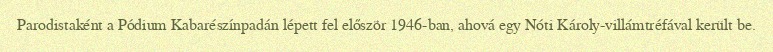
Parodistaként a Pódium Kabarészínpadán lépett fel először 1946-ban, ahová egy Nóti Károly-villámtréfával került be.